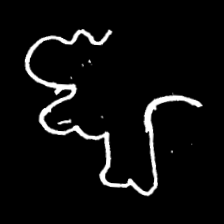
Pyu character \u2014 Myanmar letter: ဈ (romanized: jha)